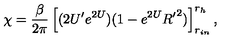
\chi = { \frac { \beta } { 2 \pi } } \left[ ( 2 U ^ { \prime } e ^ { 2 U } ) ( 1 - e ^ { 2 U } { R ^ { \prime } } ^ { 2 } ) \right] _ { r _ { i n } } ^ { r _ { h } } ,